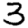
Digit: 3